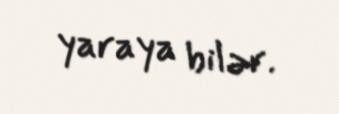
yaraya bilər.